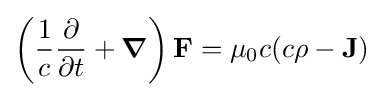
\left({\frac {1}{c}}{\dfrac {\partial }{\partial t}}+{\boldsymbol {\nabla }}\right)\mathbf {F} =\mu _{0}c(c\rho -\mathbf {J} )